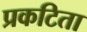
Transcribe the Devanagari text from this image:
प्रकटिता